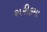
શરીફમા